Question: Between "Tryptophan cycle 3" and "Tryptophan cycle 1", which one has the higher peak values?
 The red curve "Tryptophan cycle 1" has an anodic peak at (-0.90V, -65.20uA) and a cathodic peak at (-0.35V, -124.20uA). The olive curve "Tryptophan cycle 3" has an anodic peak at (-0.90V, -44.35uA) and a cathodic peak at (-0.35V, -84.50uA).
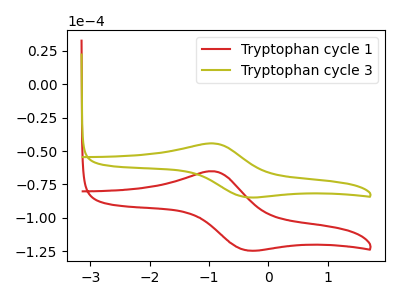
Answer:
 <answer>The peaks in "Tryptophan cycle 3" are neither all higher or all lower than the peaks in "Tryptophan cycle 1".</answer>
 <eval>mixed</eval>